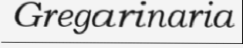
Gregarinaria